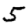
Digit: 5